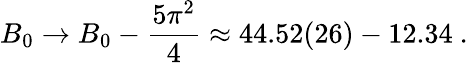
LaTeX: B_{0}\rightarrow B_{0}-\frac{5\pi^{2}}{4}\approx 44.52(26)-12.34\ .